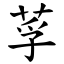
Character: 莩